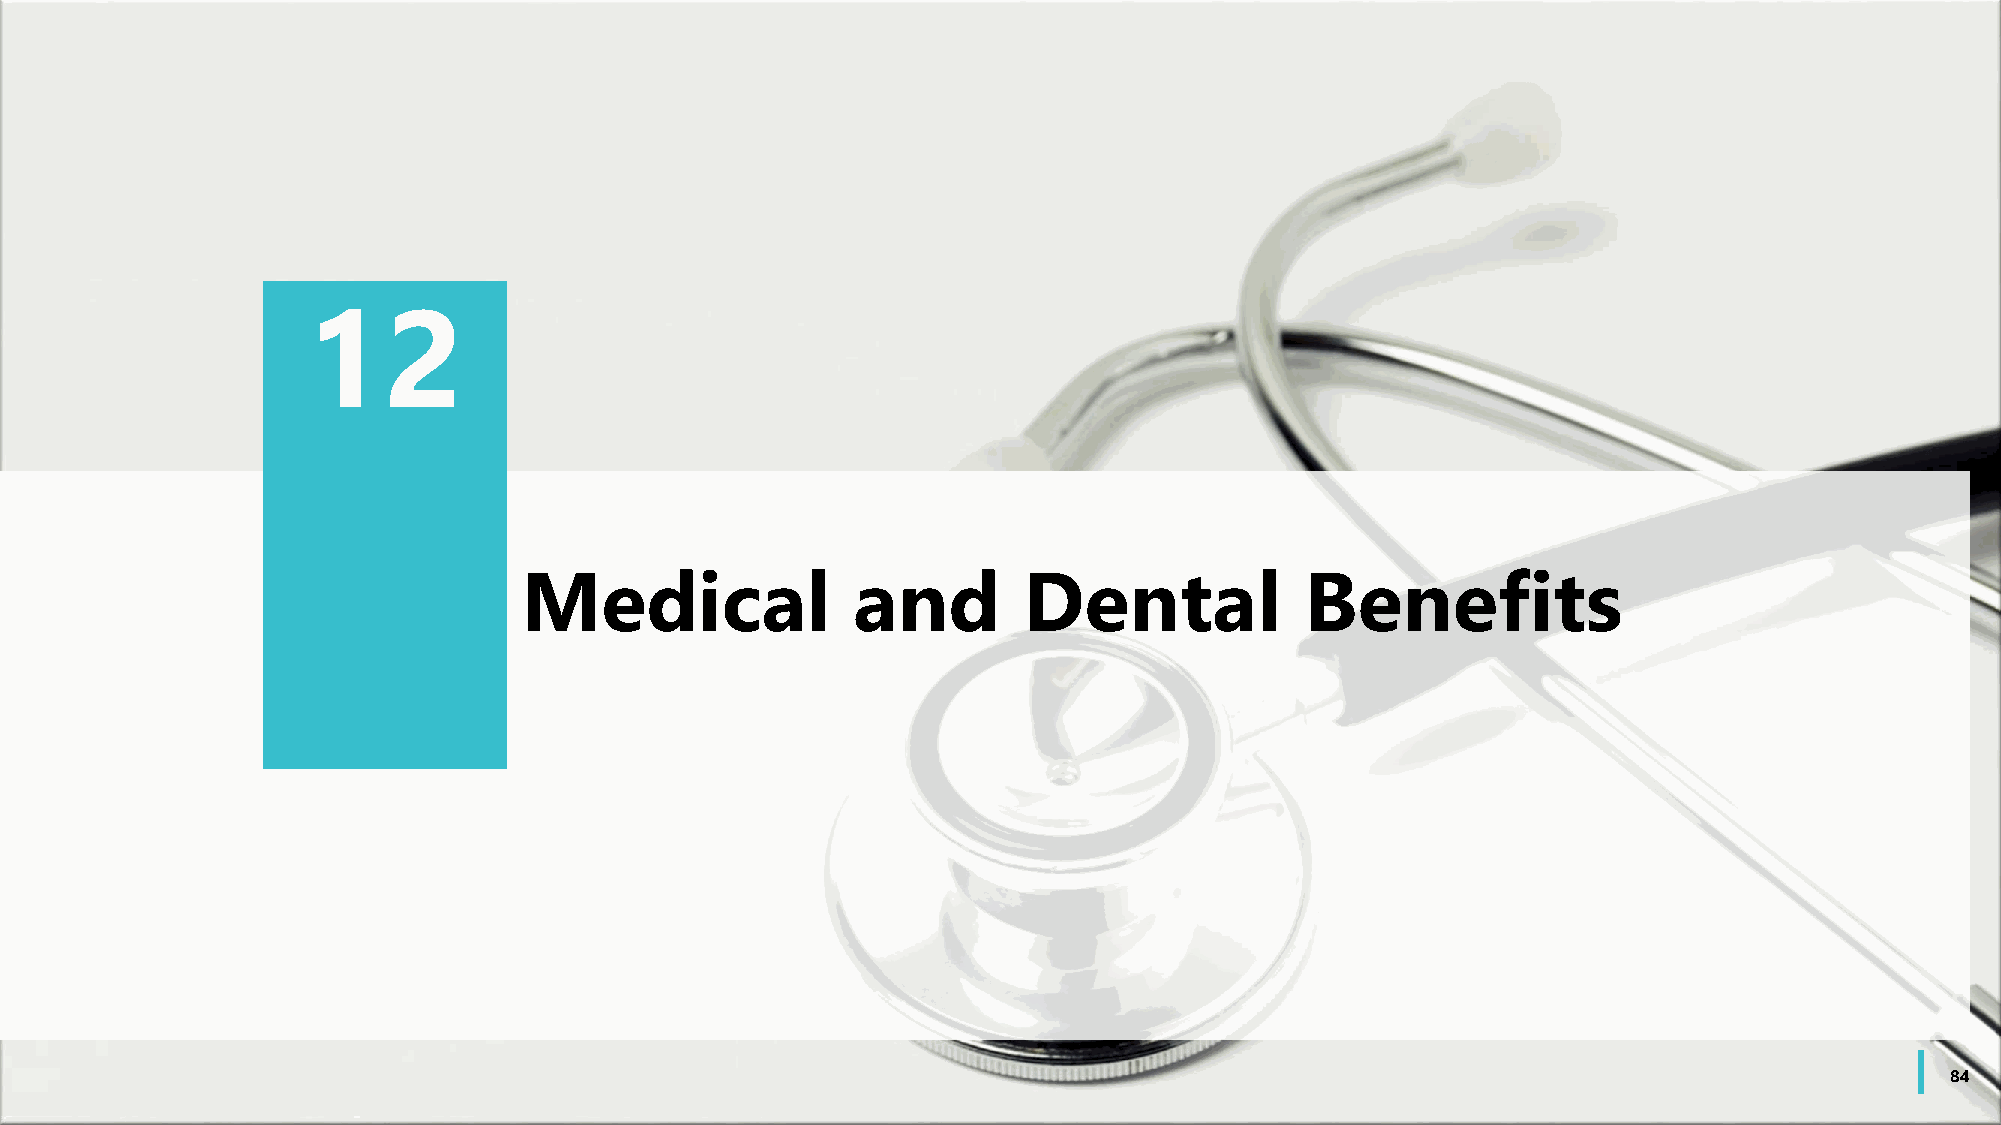
12
 Medical              and         Dental            Benefits
 84